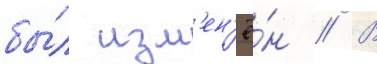
бы́л изм'ен'ё́н // В